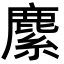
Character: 𦄐